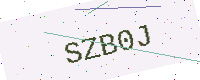
Text: SZB0J